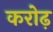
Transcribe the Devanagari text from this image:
करोढ़